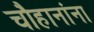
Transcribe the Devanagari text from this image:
चौहानांना